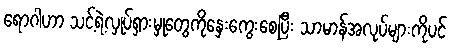
ရောဂါဟာ သင့်ရဲ့လှုပ်ရှားမှုတွေကိုနှေးကွေးစေပြီး သာမာန်အလုပ်များကိုပင်